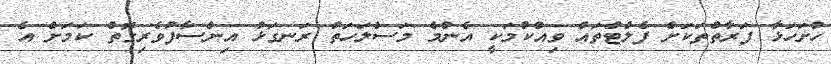
ހުށަހަޅާ ފަރާތްތަކަށް ފެލްޓްތައް ވިއްކުމަކީ އެންމެ މަސްލަހަތު ރަނގަޅު އިންސާފުވެރިގޮތް ކަމަށް އެ